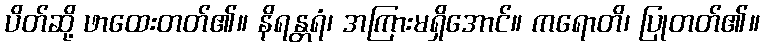
ပိတ်ဆို့ ဖာထေးတတ်၏။ နိရန္တရံ၊ အကြားမရှိအောင်။ ကရောတိ၊ ပြုတတ်၏။